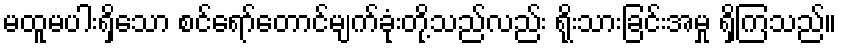
မထူမပါးရှိသော စင်ရော်တောင်မျက်ခုံးတို့သည်လည်း ရိုးသားခြင်းအမှု ရှိကြသည်။